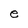
Character: e